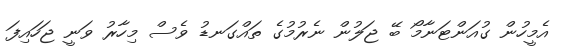
އެމީހުން ގުއަންޓަނާމޯ ބޭ ޖަލުން ނެރުމުގެ ތައްގަނޑު ވެސް މިހާރު ވަނީ ޖަހައިފަ